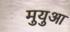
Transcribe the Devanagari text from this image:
मुयुआ